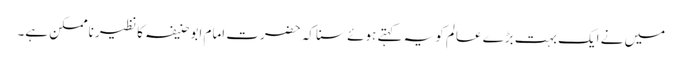
میں نے ایک بہت بڑے عالم کو یہ کہتے ہوئے سنا کہ حضرت امام ابوحنیفہ کا نظیر ناممکن ہے۔